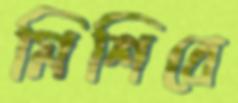
মিশিবে